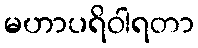
မဟာပရိဝါရတာ